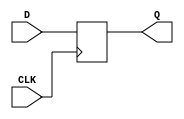
module FF32(D, Q, CLK);
input [31:0] D;
input CLK;
output [31:0] Q;

reg [31:0] Q;

always@(posedge CLK) begin
	Q <= D;
end

endmodule